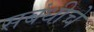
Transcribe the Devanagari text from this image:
सबंधीचे